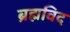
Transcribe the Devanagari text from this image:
ब्रह्मविद